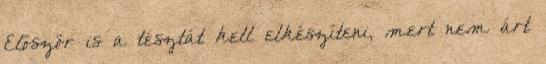
Először is a tésztát kell elkészíteni, mert nem árt